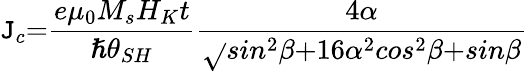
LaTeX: \mathtt{J}_{c}{=}\frac{{e{\mu}_{0}M_{s}H_{K}t}}{{{\hslash}{\theta}_{SH}}}\frac{{{4}\alpha}}{{\sqrt{}{{sin^{{2}}\beta{+16}{\alpha}^{{2}}cos^{{2}}\beta}}{+}sin\beta}}